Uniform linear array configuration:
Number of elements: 8
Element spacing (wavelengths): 0.75
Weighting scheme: blackman
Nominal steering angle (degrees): -15
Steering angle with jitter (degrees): -14.847
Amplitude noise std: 0.05
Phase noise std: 0.05

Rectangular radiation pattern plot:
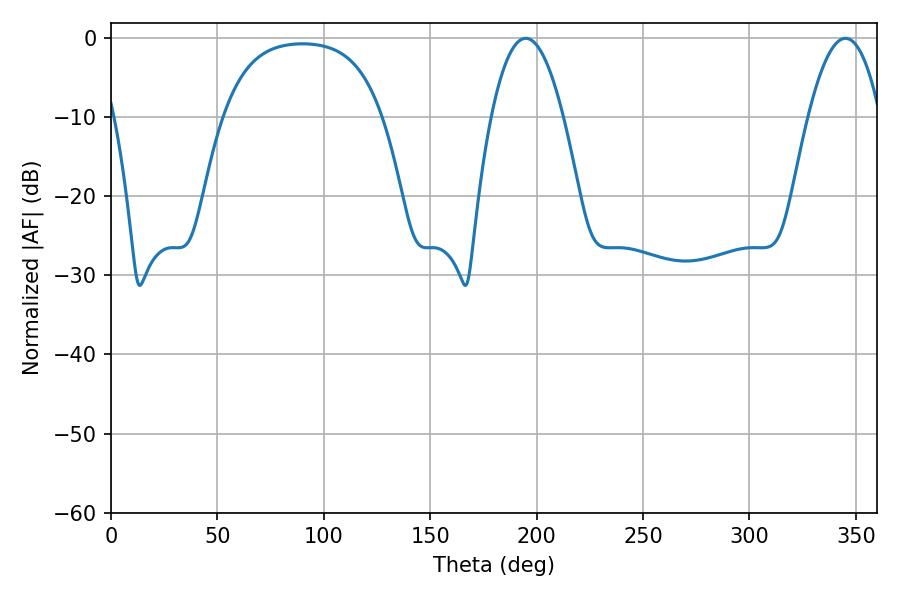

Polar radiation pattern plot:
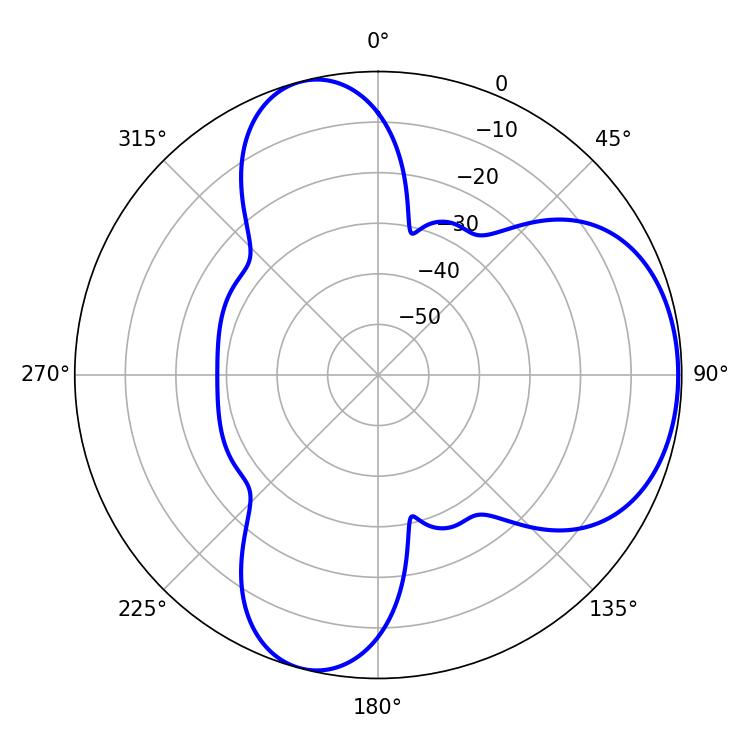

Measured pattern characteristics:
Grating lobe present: TRUE
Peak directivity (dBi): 5.718
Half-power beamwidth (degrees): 18.72
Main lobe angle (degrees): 194.94